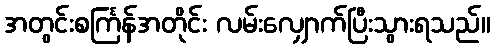
အတွင်းစင်္ကြန်အတိုင်း လမ်းလျှောက်ပြီးသွားရသည်။